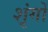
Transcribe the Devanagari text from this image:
शृंगों